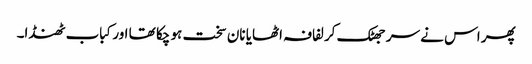
پھر اس نے سر جھٹک کر لفافہ اٹھایا نان سخت ہو چکا تھا اور کباب ٹھنڈا۔